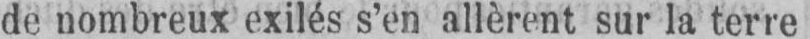
de nombreux exilés s’en allèrent sur la terre